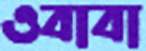
ওবাবা